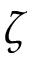
\zeta